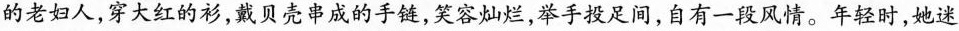
的老妇人,穿大红的衫,戴贝壳串成的手链,笑容灿烂,举手投足间,自有一段风情。年轻时,她迷